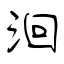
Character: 洄